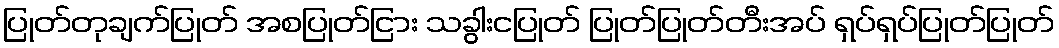
ပြုတ်တုချက်ပြုတ် အစပြုတ်ငြား သခွါးငပြုတ် ပြုတ်ပြုတ်တီးအပ် ရှပ်ရှပ်ပြုတ်ပြုတ်